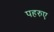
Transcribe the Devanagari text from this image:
पहरुए